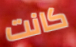
كانت